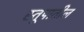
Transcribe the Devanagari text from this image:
स्तूपातील